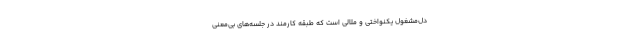
دل‌مشغول یکنواختی و ملالی است که طبقهٔ کارمند در جلسه‌های بی‌معنی